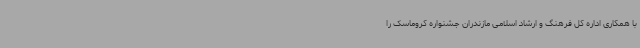
با همکاری اداره کل فرهنگ و ارشاد اسلامی مازندران جشنواره کروماسک را